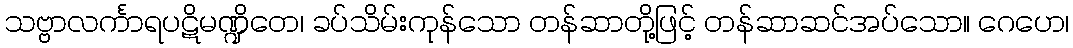
သဗ္ဗာလင်္ကာရပဋိမဏ္ဍိတေ၊ ခပ်သိမ်းကုန်သော တန်ဆာတို့ဖြင့် တန်ဆာဆင်အပ်သော။ ဂေဟေ၊